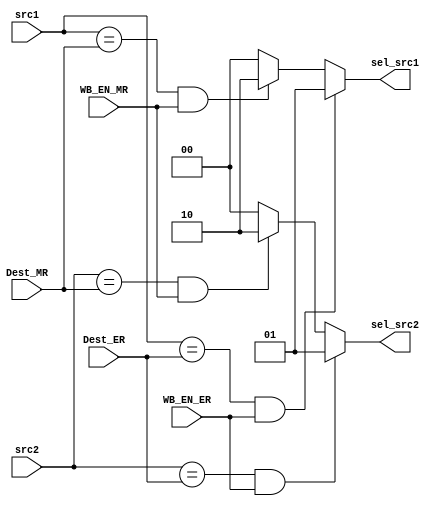
module ForwardingUnit (
    src1, 
    src2,
    Dest_ER,
    Dest_MR, 

    WB_EN_MR,
    WB_EN_ER,
    sel_src1,
    sel_src2
);

    input [3:0] src1; 
    input [3:0] src2;
    input [3:0] Dest_ER, Dest_MR;
    input WB_EN_ER, WB_EN_MR;
    output [1:0] sel_src1;
    output [1:0] sel_src2;


    assign sel_src1 =   ((src1 == Dest_ER) && (WB_EN_ER == 1'b1)) ? 2'b01 :
                        ((src1 == Dest_MR) && (WB_EN_MR == 1'b1)) ? 2'b10 : 2'b00;

                        
    assign sel_src2 =   ((src2 == Dest_ER) && (WB_EN_ER == 1'b1)) ? 2'b01 :
                        ((src2 == Dest_MR) && (WB_EN_MR == 1'b1)) ? 2'b10 : 2'b00;
    
    
endmodule